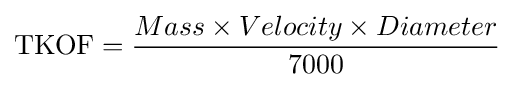
\mathrm {TKOF} ={\frac {Mass\times Velocity\times Diameter}{7000}}